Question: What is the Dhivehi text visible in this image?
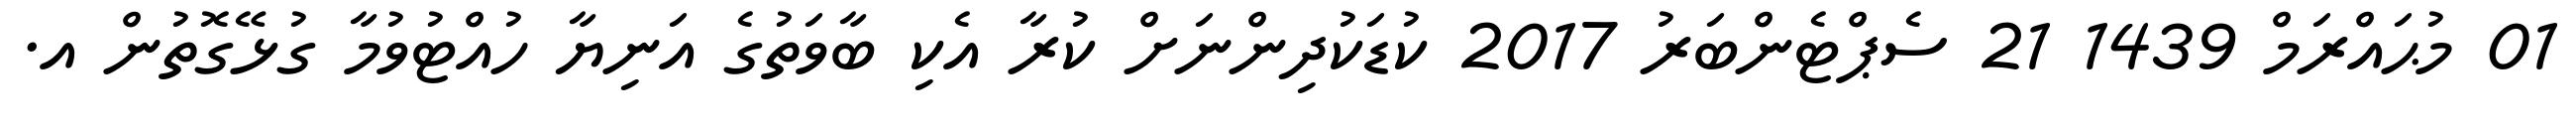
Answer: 01 މުޙައްރަމް 1439 21 ސެޕްޓެންބަރު 2017 ކުޑަކުދިންނަށް ކުރާ އެކި ބާވަތުގެ އަނިޔާ ހުއްޓުވުމާ ގުޅޭގޮތުން އ.